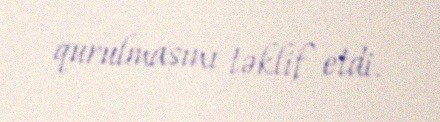
qurulmasını təklif etdi.